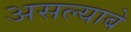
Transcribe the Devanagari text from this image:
असल्याबे